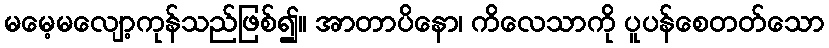
မမေ့မလျော့ကုန်သည်ဖြစ်၍။ အာတာပိနော၊ ကိလေသာကို ပူပန်စေတတ်သော